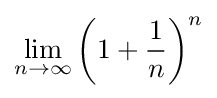
\lim _{n\to \infty }\left(1+{\frac {1}{n}}\right)^{n}